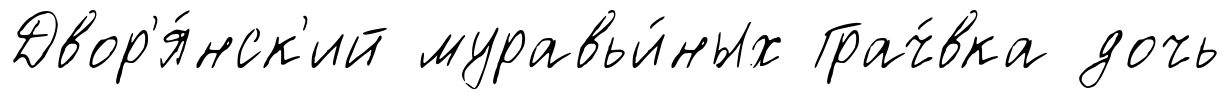
Двор'я́нск'ий муравьи́ных Грач́вка дочь